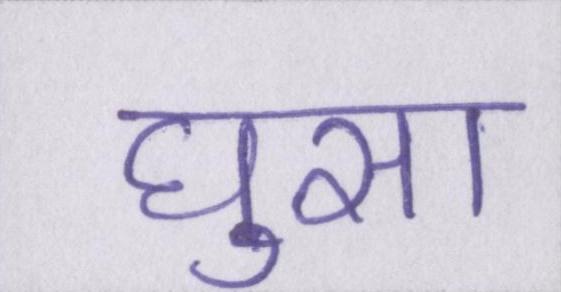
घुसा